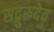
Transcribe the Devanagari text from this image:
सद्गुरुदेव